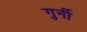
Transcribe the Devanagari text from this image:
गुर्नी